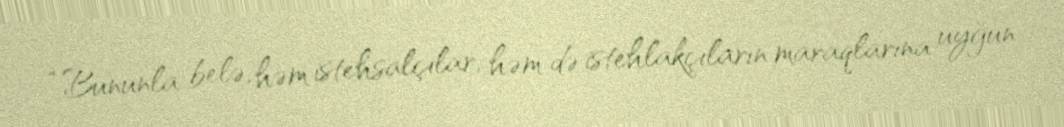
“Bununla belə, həm istehsalçılar, həm də istehlakçıların maraqlarına uyğun